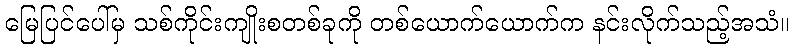
မြေပြင်ပေါ်မှ သစ်ကိုင်းကျိုးစတစ်ခုကို တစ်ယောက်ယောက်က နင်းလိုက်သည့်အသံ။